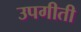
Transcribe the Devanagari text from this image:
उपगीती